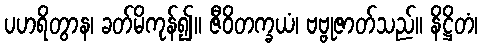
ပဟရိတွာန၊ ခတ်မိကုန်၍။ ဇီဝိတက္ခယံ၊ ဗဗ္ဗုဇာတ်သည်။ နိဋ္ဌိတံ၊